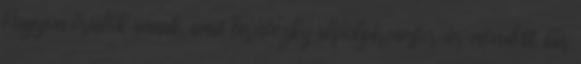
Nagyon örülök annak, amit Tarnóczky alpolgármester úr mondott, bár